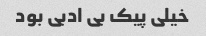
خیلی پیک بی ادبی بود